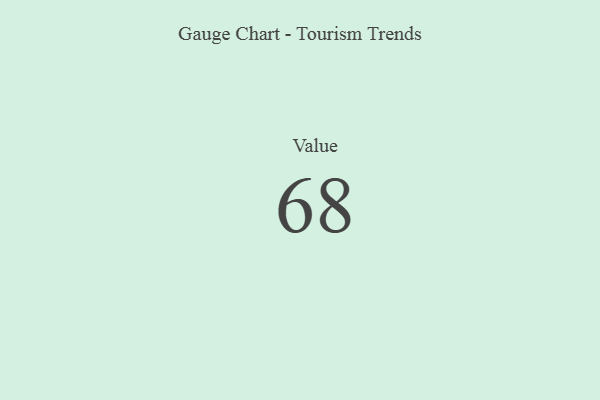
{"axis": {"x": "Metric", "y": "Value"}, "legend": [""], "data": [{"x": "Value", "y": 68, "type": ""}]}